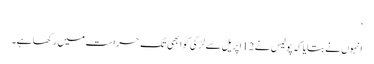
‘
انہوں نے بتایا کہ پولیس نے 12 اپریل سے لڑکی کو ابھی تک حراست میں رکھا ہے۔